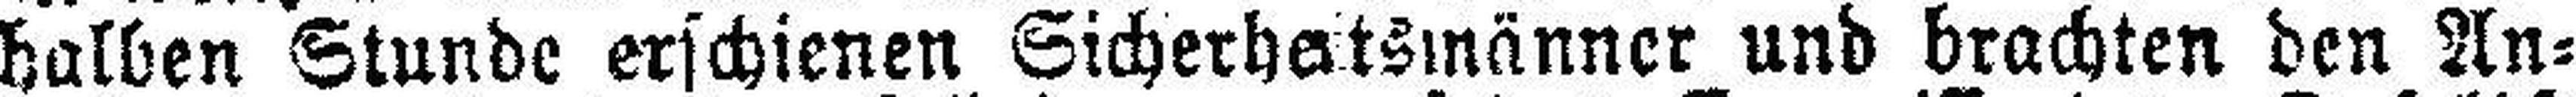
halben Stunde erschienen Sicherheitsmänner und brachten den An¬